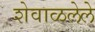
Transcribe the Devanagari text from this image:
शेवाळलेले